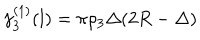
\gamma _ { 3 } ^ { ( 1 ) } ( l ) = \pi { \rho _ { 3 } } \Delta ( 2 R - \Delta )